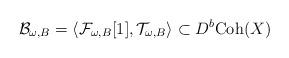
LaTeX: \begin{align*}\mathcal{B}_{\omega, B } =\langle \mathcal{F}_{\omega, B}[1], \mathcal{T}_{\omega,B }\rangle \subset D^b \mathrm{Coh}(X) \end{align*}